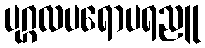
ပုဂ္ဂလပရောပရညူ